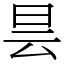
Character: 昙